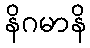
နိဂမာနိ